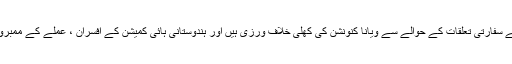
اس میں کہا گیا ہے کہ ہراساں کرنے کے اس طرح کے واقعات 1961 کے سفارتی تعلقات کے حوالے سے ویانا کنونشن کی کھلی خلاف ورزی ہیں اور ہندوستانی ہائی کمیشن کے افسران ، عملے کے ممبروں اور ان کے اہل خانہ کا تحفظ اور سلامتی کا ذمہ حکومت پاکستان کا ہے۔